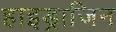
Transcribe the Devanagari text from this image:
हाइड्राजिन